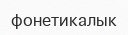
фонетикалык